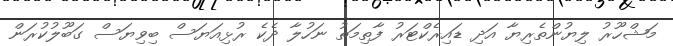
މަޝްހޫރު ލިޔުންތެރިޔާ އަދި ޑައިރެކްޓަރު ފާތިމަތު ނަހުލާ ދެކެ ރުޅިއަޔަސް ބިވިޔަސް ގަބޫލުކުރަން